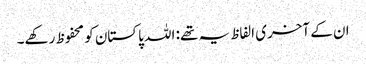
ان کے آخری الفاظ یہ تھے: اللہ پاکستان کو محفوظ رکھے۔